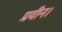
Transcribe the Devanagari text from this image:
प्रवीन।